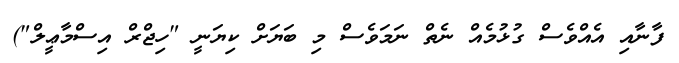
ފާނާއި އެއްވެސް ގުޅުމެއް ނެތް ނަމަވެސް މި ބަޔަށް ކިޔަނީ "ހިޖްރް އިސްމާޢީލް")